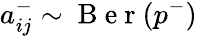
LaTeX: a_{ij}^{-}\sim\mathrm{~B~e~r~}(p^{-})